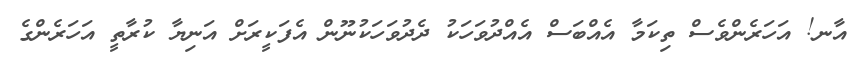
އާނ! އަހަރެންވެސް ތިކަމާ އެއްބަސް އެއްދުވަހަކު ދެދުވަހަކުނޫން އެފަކީރަށް އަނިޔާ ކުރާތީ އަހަރެންގެ